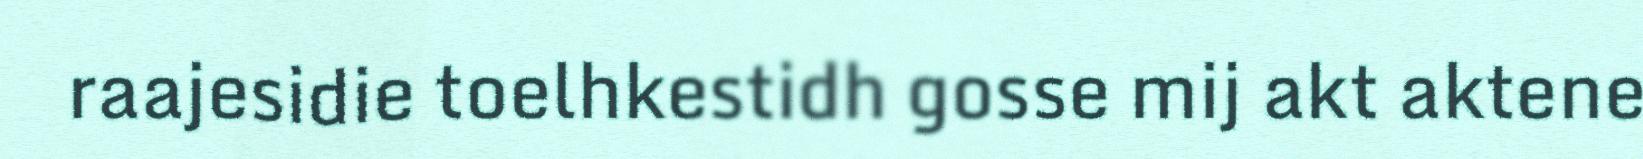
raajesidie toelhkestidh gosse mij akt aktene